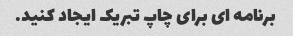
برنامه ای برای چاپ تبریک ایجاد کنید.